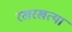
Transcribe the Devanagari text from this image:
रखरखत्या